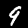
Label: 9